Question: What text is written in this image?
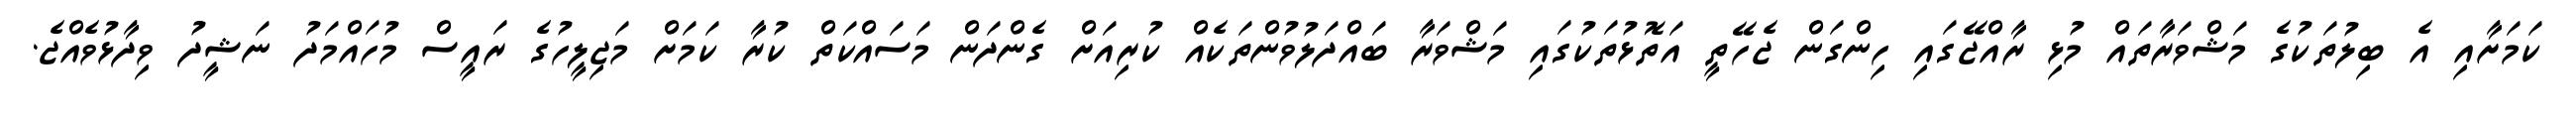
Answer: ކަމަށާއި އެ ބިލުތަކުގެ މަޝްވަރާތައް މުޅި ރާއްޖޭގައި ހިންގަން ޖެހޭތީ އަތޮޅުތަކުގައި މަޝްވަރާ ބައްދަލުވުންތަކެއް ކުރިއަށް ގެންދަން މަސައްކަތް ކުރާ ކަމަށް މަޖިލީހުގެ ރައީސް މުހައްމަދު ނަޝީދު ވިދާޅުވެއްޖެ.